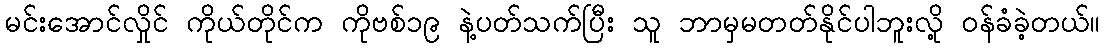
မင်းအောင်လှိုင် ကိုယ်တိုင်က ကိုဗစ်၁၉ နဲ့ပတ်သက်ပြီး သူ ဘာမှမတတ်နိုင်ပါဘူးလို့ ဝန်ခံခဲ့တယ်။